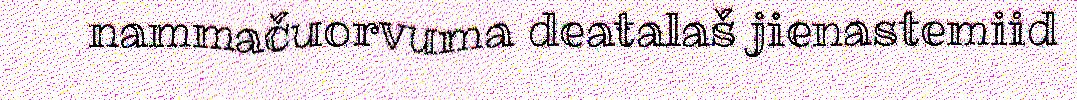
nammačuorvuma deaŧalaš jienastemiid